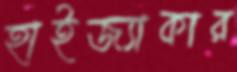
হাইজ্যাকার